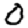
Digit: 0